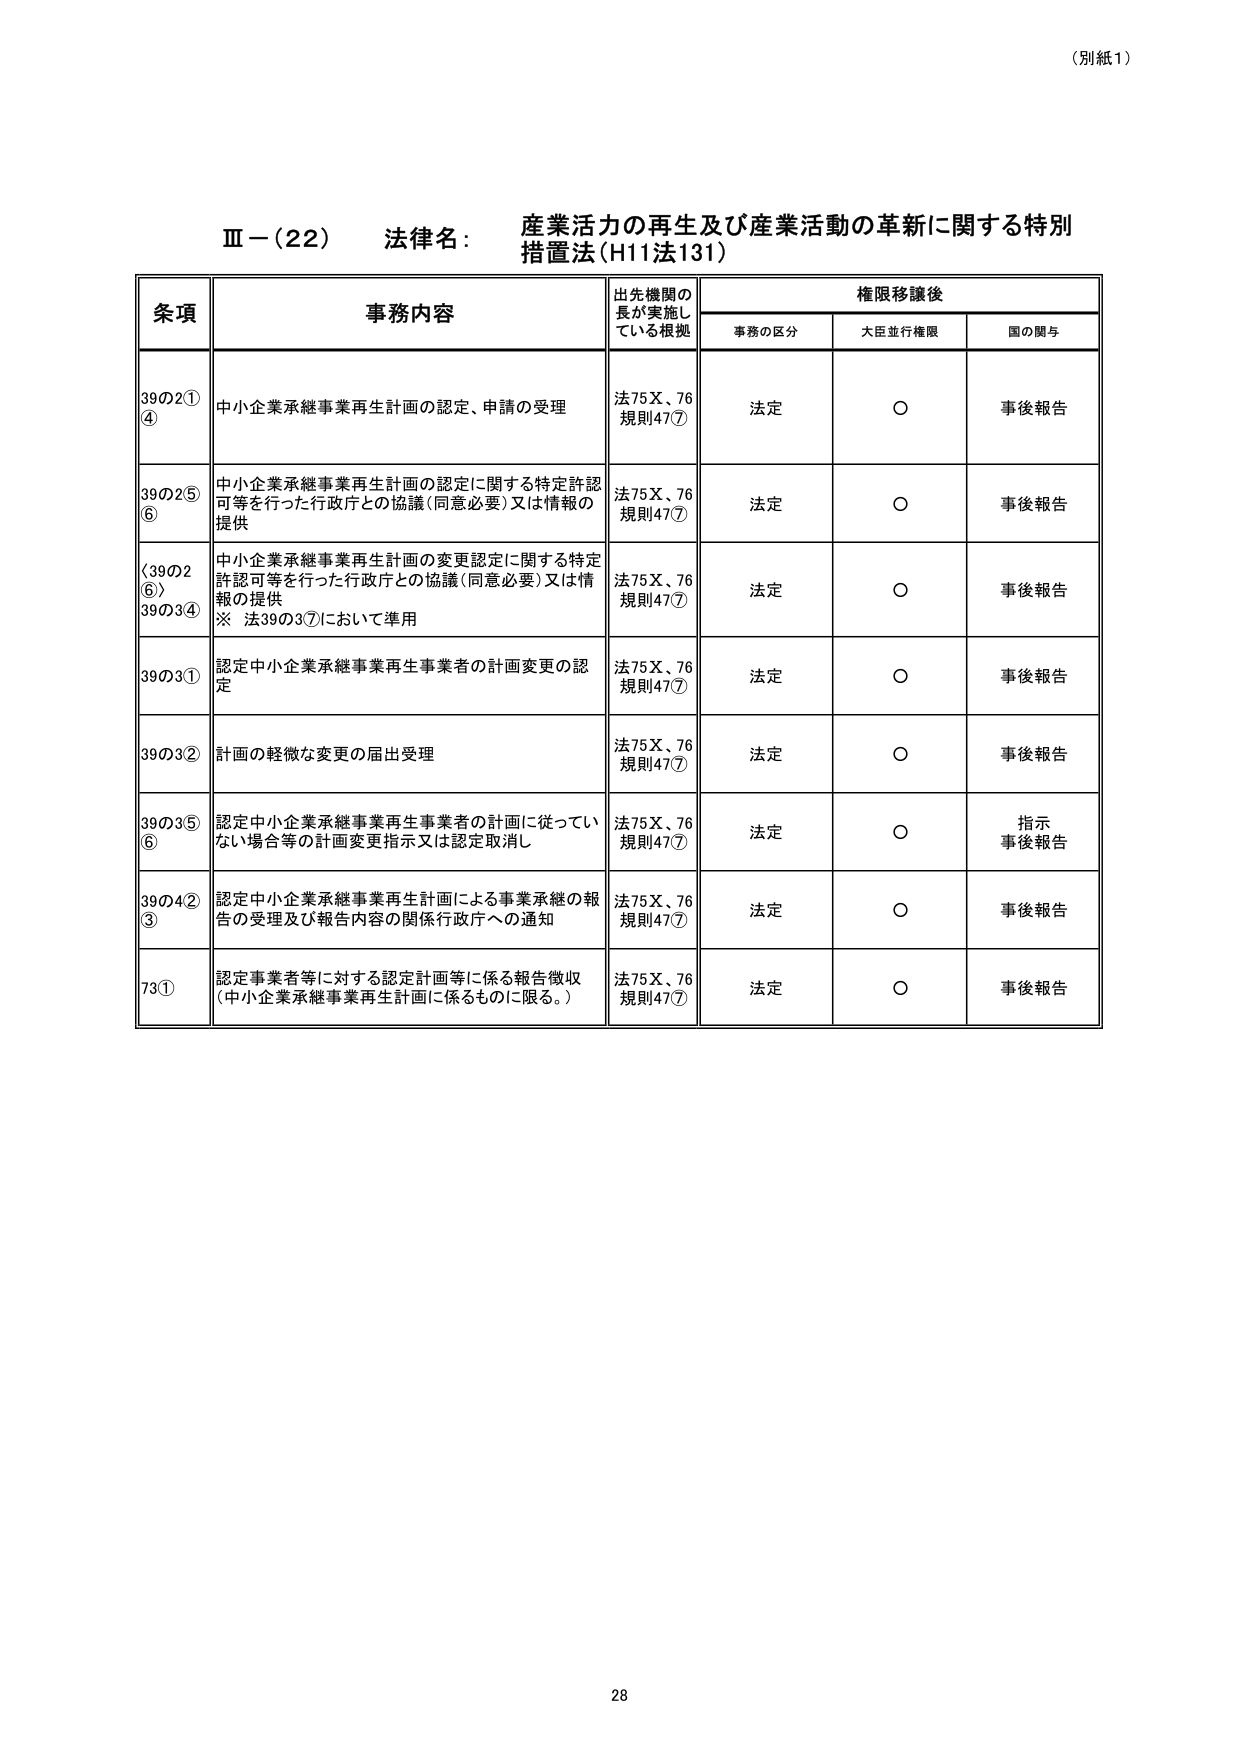
（別紙1）

Ⅲ－（22） 法律名： 産業活力の再生及び産業活動の革新に関する特別措置法（H11法131）

条項 事務内容 出先機関の長が実施している根拠 権限移譲後